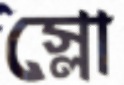
স্লো